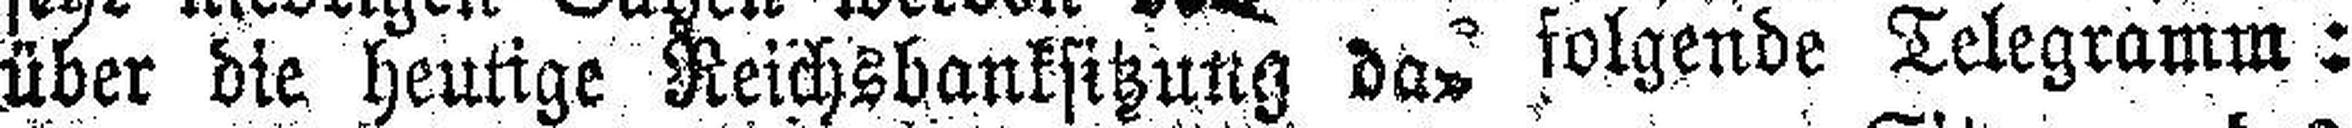
über die heutige Reichsbanksitzung das folgende Telegramm :